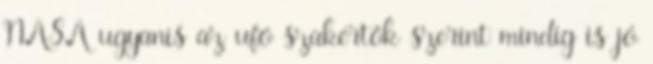
NASA ugyanis az ufó szakértők szerint mindig is jó